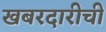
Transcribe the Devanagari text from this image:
खबरदारीची